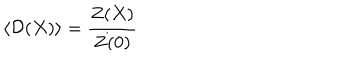
\left. \langle { \cal D } ( X ) \rangle = \frac { Z ( X ) } { Z ( 0 ) } \right.